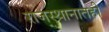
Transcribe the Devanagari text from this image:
राजस्थानातही